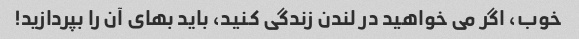
خوب، اگر می خواهید در لندن زندگی کنید، باید بهای آن را بپردازید!